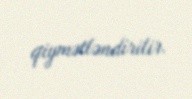
qiymətləndirilir.